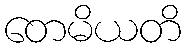
တေမိယတိ